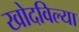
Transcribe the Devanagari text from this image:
खोदविल्या